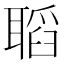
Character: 𦗌